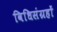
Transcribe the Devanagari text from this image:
विधिसंग्रहों